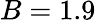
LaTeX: B=1.9